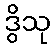
ဒွိသု